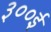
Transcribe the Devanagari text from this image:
३००ई